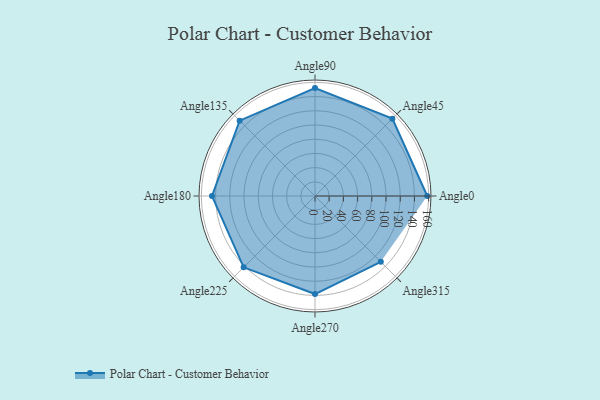
{"axis": {"x": "Angle", "y": "Radius"}, "legend": [""], "data": [{"x": "Angle0", "y": 158.0, "type": ""}, {"x": "Angle45", "y": 154.0, "type": ""}, {"x": "Angle90", "y": 152.0, "type": ""}, {"x": "Angle135", "y": 150.0, "type": ""}, {"x": "Angle180", "y": 145.0, "type": ""}, {"x": "Angle225", "y": 142.0, "type": ""}, {"x": "Angle270", "y": 138.0, "type": ""}, {"x": "Angle315", "y": 131.0, "type": ""}]}